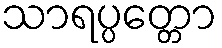
သာရပ္ပတ္တော